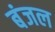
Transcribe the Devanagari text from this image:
बंजल